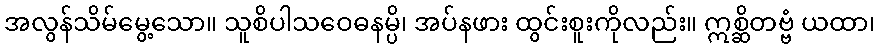
အလွန်သိမ်မွေ့သော။ သူစိပါသဝေဓနမ္ပိ၊ အပ်နဖား ထွင်းစူးကိုလည်း။ ဣစ္ဆိတဗ္ဗံ ယထာ၊